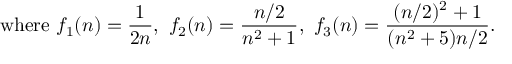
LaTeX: { \mathrm { w h e r e ~ } } f _ { 1 } ( n ) = { \frac { 1 } { 2 n } } , \ f _ { 2 } ( n ) = { \frac { n / 2 } { n ^ { 2 } + 1 } } , \ f _ { 3 } ( n ) = { \frac { ( n / 2 ) ^ { 2 } + 1 } { ( n ^ { 2 } + 5 ) n / 2 } } .